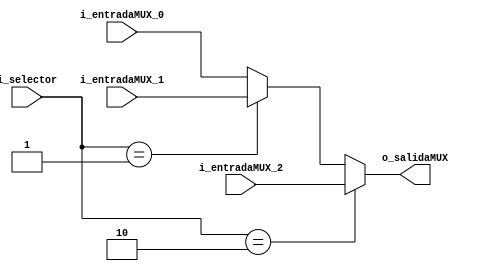
`timescale 1ns / 1ps
`define LEN 32
module MUX3to1
    #(parameter LEN = `LEN)
    (
	input   wire [1       : 0] i_selector,
	input   wire [LEN - 1 : 0] i_entradaMUX_0,
	input   wire [LEN - 1 : 0] i_entradaMUX_1,
    input   wire [LEN - 1 : 0] i_entradaMUX_2,
	output  wire [LEN - 1 : 0] o_salidaMUX
    );

    assign o_salidaMUX = i_selector == 2'b10 ? i_entradaMUX_2:
                         i_selector == 2'b01 ? i_entradaMUX_1:
                                               i_entradaMUX_0;
endmodule